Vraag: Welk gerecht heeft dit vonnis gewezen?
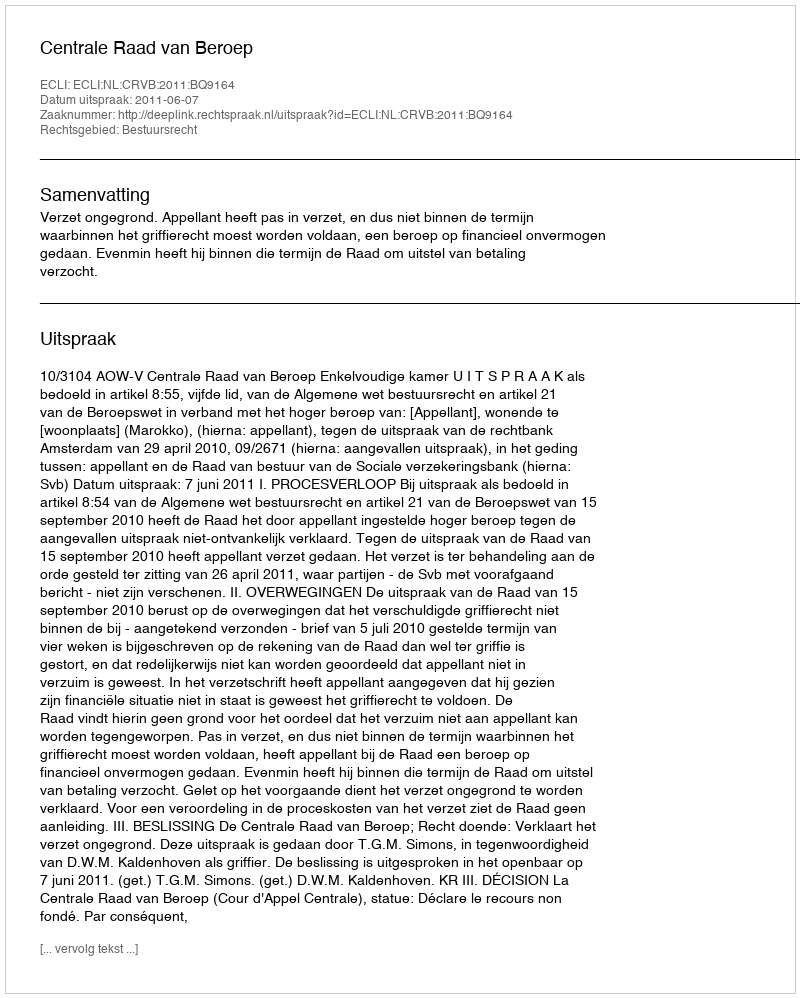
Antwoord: Centrale Raad van Beroep